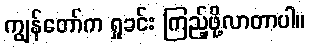
ကျွန်တော်က ရှုခင်း ကြည့်ဖို့လာတာပါ။